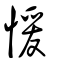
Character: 愋